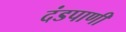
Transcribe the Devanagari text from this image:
दंडपाणी